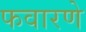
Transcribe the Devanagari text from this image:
फवारणे